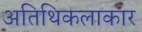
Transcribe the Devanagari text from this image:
अतिथिकलाकार